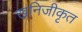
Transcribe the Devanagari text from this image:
खनिजीकृत